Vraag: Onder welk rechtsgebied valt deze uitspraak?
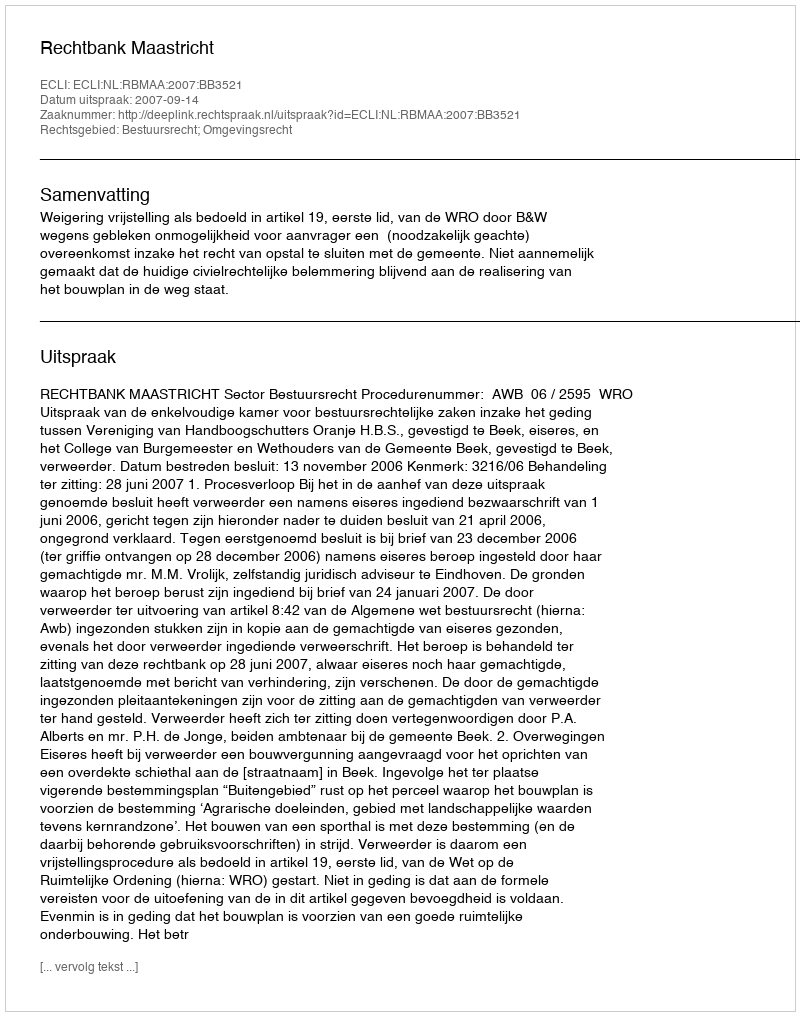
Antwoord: Bestuursrecht; Omgevingsrecht